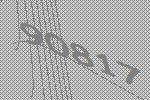
90817